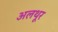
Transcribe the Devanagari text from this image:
अलथूर